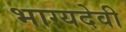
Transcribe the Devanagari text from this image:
भाग्यदेवी